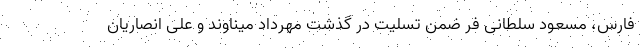
فارس، مسعود سلطانی فر ضمن تسلیت در گذشت مهرداد میناوند و علی انصاریان